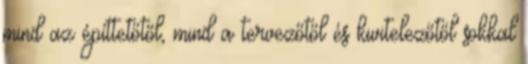
mind az építtetőtől, mind a tervezőtől és kivitelezőtől sokkal